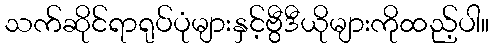
သက်ဆိုင်ရာရုပ်ပုံများနှင့်ဗွီဒီယိုများကိုထည့်ပါ။